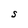
Character: S